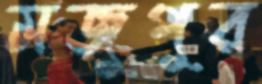
মজুপুর